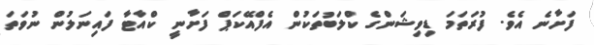
ފަށާނެ އެވެ. ފުރަތަމަ ޑިވިޝަންގެ ކްލަބުތަކުން އެފްއޭކަޕް ފަށާނީ ކްއާޓާ ފައިނަލުން ނުވަތަ